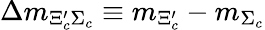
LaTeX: \Delta m_{\Xi_{c}^{\prime}\Sigma_{c}}\equiv m_{\Xi_{c}^{\prime}}-m_{\Sigma_{c}}